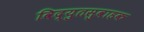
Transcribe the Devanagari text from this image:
विद्युतसुवाहक